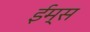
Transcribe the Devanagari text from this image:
ईम्स